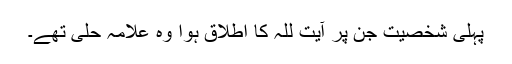
پہلی شخصیت جن پر آیت للہ کا اطلاق ہوا وہ علامہ حلی تھے۔